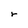
Character: r